Scientific memoirs by medical officers of the Army of India - Part I,
Year: 1884
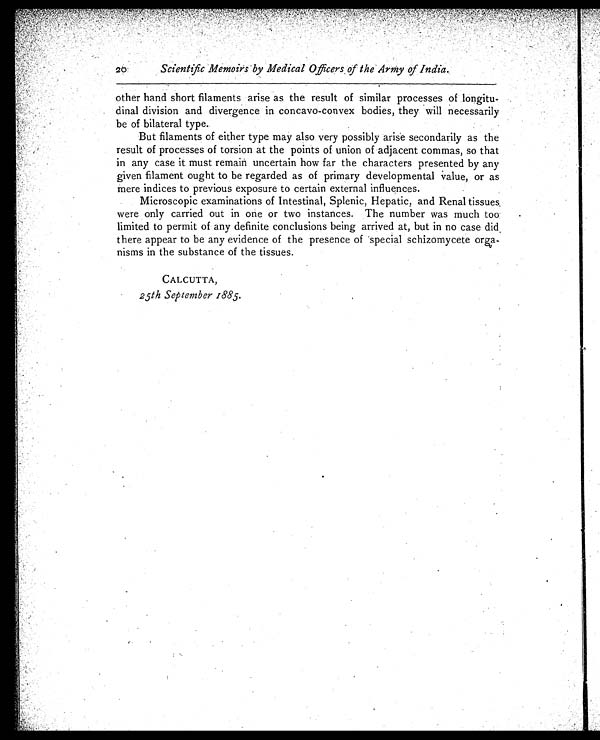
20
Scientific Memoirs by Medical Officers of the Army of India.
other hand short filaments arise as the result of similar processes of longitu
-dinal division and divergence in concavo-convex bodies, they will necessarily
be of bilateral type.
But filaments of either type may also very possibly arise secondarily as the
result of processes of torsion at the points of union of adjacent commas, so that
in any case it must remain uncertain how far the characters presented by any
given filament ought to be regarded as of primary developmental value, or as
mere indices to previous exposure to certain external influences.
Microscopic examinations of Intestinal, Splenic, Hepatic, and Renal tissues
were only carried out in one or two instances. The number was much too
limited to permit of any definite conclusions being arrived at, but in no case did
there appear to be any evidence of the presence of special schizomycete orga
-nisms in the substance of the tissues.
CALCUTTA,
25th September 1885.